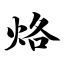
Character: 烙